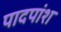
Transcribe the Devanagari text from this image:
पादपांश